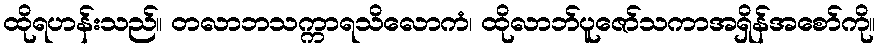
ထိုရဟန်းသည်။ တလာဘသက္ကာရသိလောကံ၊ ထိုလာဘ်ပူဇော်သကာအရှိန်အစော်ကို။